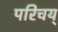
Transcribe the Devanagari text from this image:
परिचय्